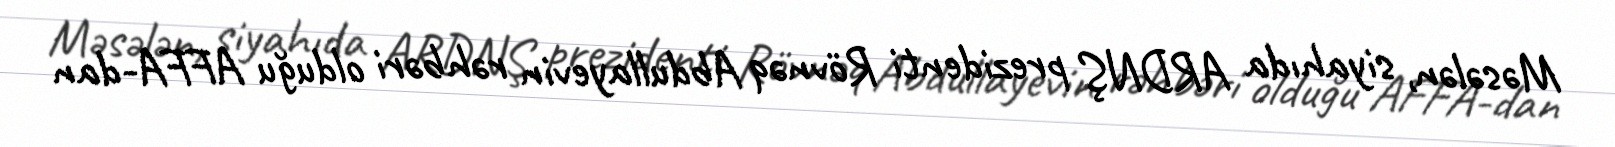
Məsələn, siyahıda ARDNŞ prezidenti Rövnəq Abdullayevin rəhbəri olduğu AFFA-dan